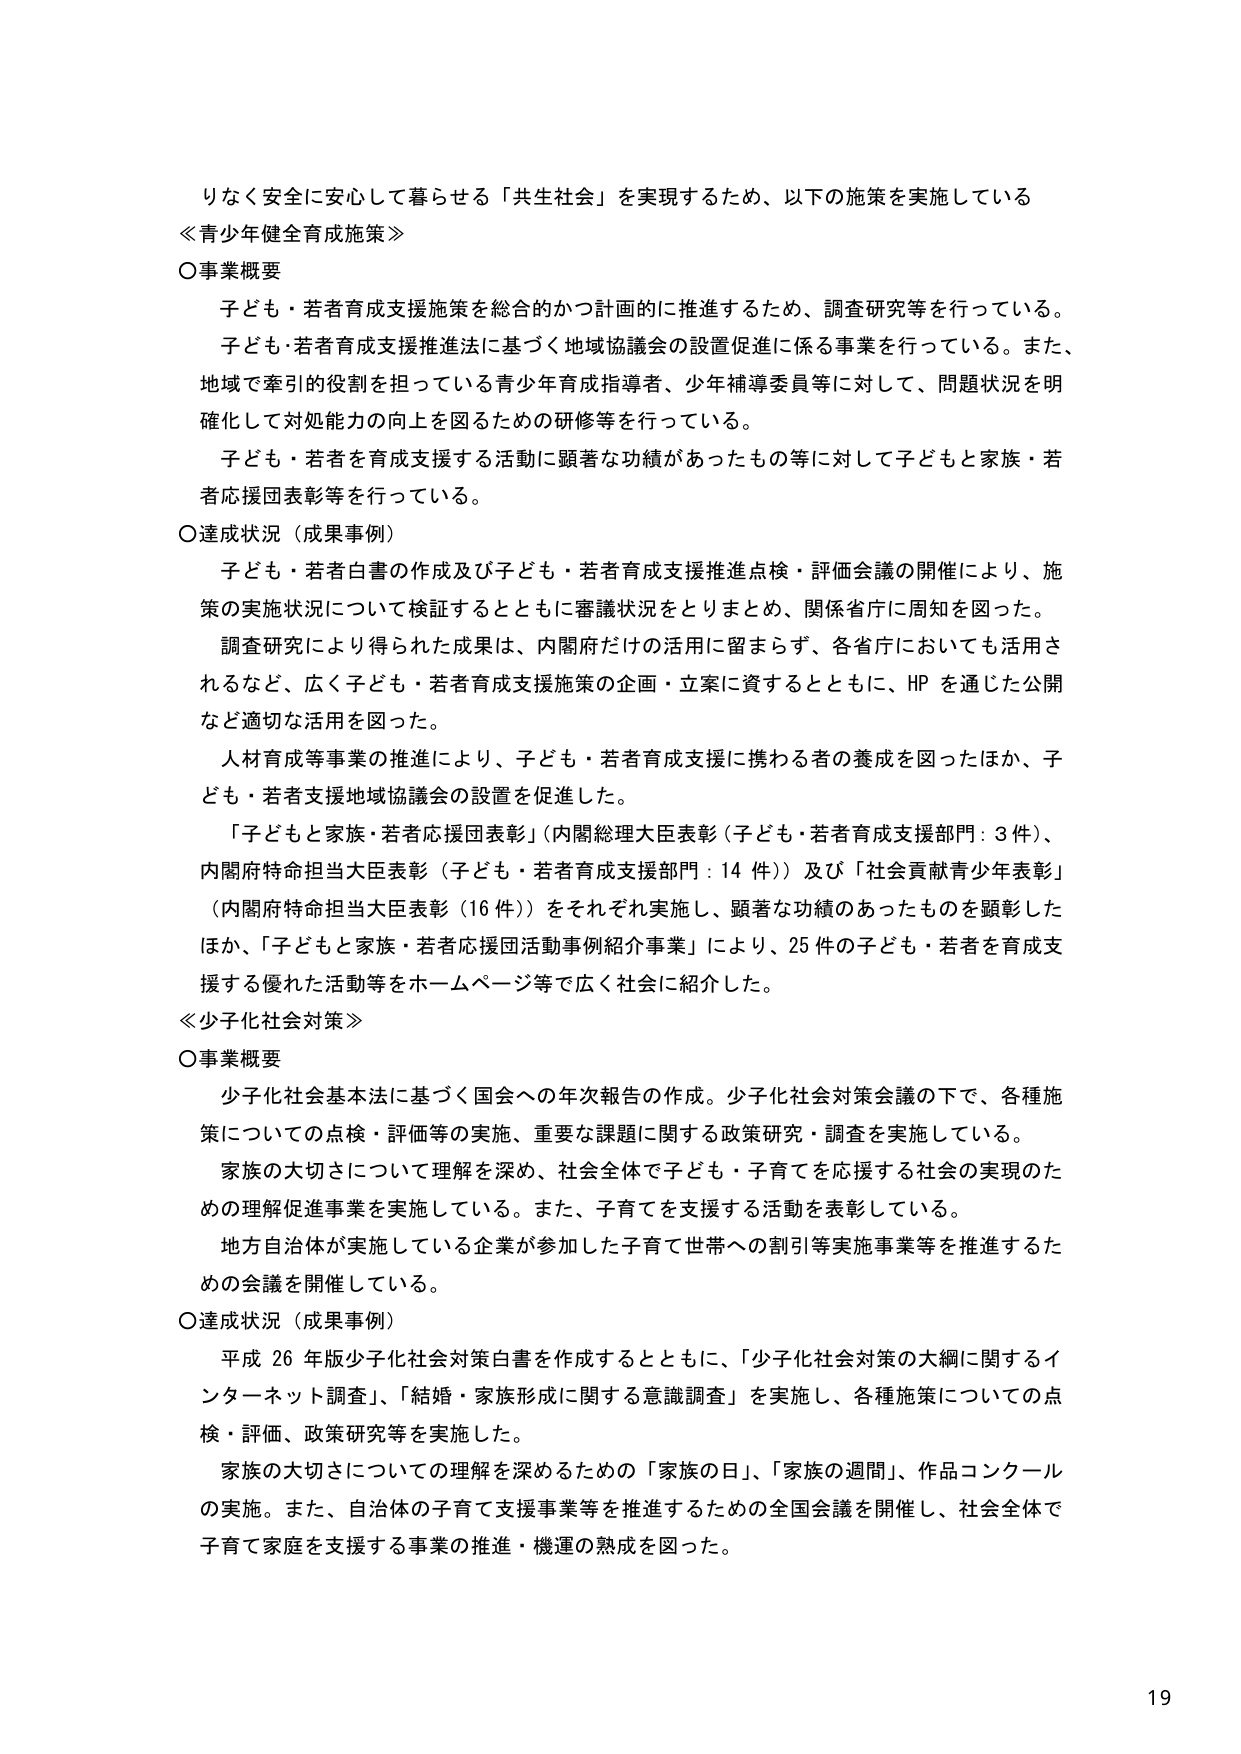
りなく安全に安心して暮らせる「共生社会」を実現するため、以下の施策を実施している
≪青少年健全育成施策≫
○事業概要
　子ども・若者育成支援施策を総合的かつ計画的に推進するため、調査研究等を行っている。
　子ども・若者育成支援推進法に基づく地域協議会の設置促進に係る事業を行っている。また、
地域で牽引的役割を担っている青少年育成指導者、少年補導委員等に対して、問題状況を明
確化して対処能力の向上を図るための研修等を行っている。
　子ども・若者を育成支援する活動に顕著な功績があったもの等に対して子どもと家族・若
者応援団表彰等を行っている。
○達成状況（成果事例）
　子ども・若者白書の作成及び子ども・若者育成支援推進点検・評価会議の開催により、施
策の実施状況について検証するとともに審議状況をとりまとめ、関係省庁に周知を図った。
　調査研究により得られた成果は、内閣府だけの活用に留まらず、各省庁においても活用さ
れるなど、広く子ども・若者育成支援施策の企画・立案に資するとともに、HPを通じた公開
など適切な活用を図った。
　人材育成等事業の推進により、子ども・若者育成支援に携わる者の養成を図ったほか、子
ども・若者支援地域協議会の設置を促進した。
　「子どもと家族・若者応援団表彰」（内閣総理大臣表彰（子ども・若者育成支援部門：3件）、
内閣府特命担当大臣表彰（子ども・若者育成支援部門：14件））及び「社会貢献青少年表彰」
（内閣府特命担当大臣表彰（16件））をそれぞれ実施し、顕著な功績のあったものを顕彰した
ほか、「子どもと家族・若者応援団活動事例紹介事業」により、25件の子ども・若者を育成支
援する優れた活動等をホームページ等で広く社会に紹介した。
≪少子化社会対策≫
○事業概要
　少子化社会基本法に基づく国会への年次報告の作成。少子化社会対策会議の下で、各種施
策についての点検・評価等の実施、重要な課題に関する政策研究・調査を実施している。
　家族の大切さについて理解を深め、社会全体で子ども・子育てを応援する社会の実現のた
めの理解促進事業を実施している。また、子育てを支援する活動を表彰している。
　地方自治体が実施している企業が参加した子育て世帯への割引等実施事業等を推進するた
めの会議を開催している。
○達成状況（成果事例）
　平成26年版少子化社会対策白書を作成するとともに、「少子化社会対策の大綱に関するイ
ンターネット調査」、「結婚・家族形成に関する意識調査」を実施し、各種施策についての点
検・評価、政策研究等を実施した。
　家族の大切さについての理解を深めるための「家族の日」、「家族の週間」、作品コンクール
の実施。また、自治体の子育て支援事業等を推進するための全国会議を開催し、社会全体で
子育て家庭を支援する事業の推進・機運の熟成を図った。
19